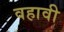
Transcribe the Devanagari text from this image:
वहावी